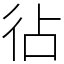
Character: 𢓕